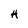
Character: H